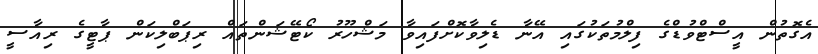
އެގޮތުން އީސްޓްވުޑްގެ ފިލްމުތަކުގައި އޭނާ ޑެލިވާކޮށްފައިވާ މަޝްހޫރު ކޯޓޭޝަންތައް ރިޕަބްލިކަން ޕާޓީގެ ރިއާސީ